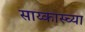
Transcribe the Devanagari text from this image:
साय्कास्च्या